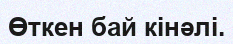
Өткен бай кінәлі.